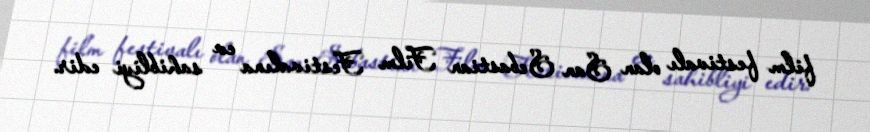
film festivalı olan San Sebastian Film Festivalına ev sahibliyi edir.